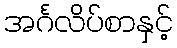
အင်္ဂလိပ်စာနှင့်